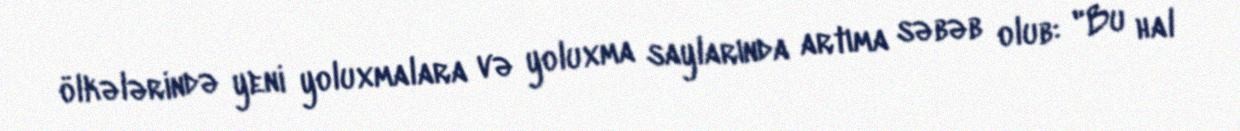
ölkələrində yeni yoluxmalara və yoluxma saylarında artıma səbəb olub: "Bu hal